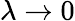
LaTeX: \lambda\to 0